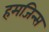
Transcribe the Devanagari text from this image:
हमजिन्स